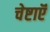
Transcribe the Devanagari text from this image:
चेष्टाऍं